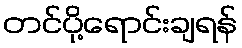
တင်ပို့ရောင်းချရန်